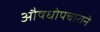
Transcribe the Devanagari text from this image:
औषधोपचाराने